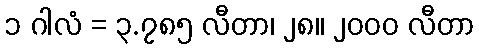
၁ ဂါလံ = ၃.၇၈၅ လီတာ၊ ၂၈။ ၂၀၀၀ လီတာ